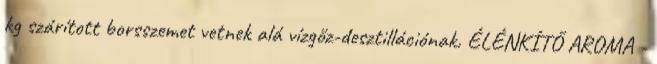
kg szárított borsszemet vetnek alá vízgőz-desztillációnak. ÉLÉNKÍTŐ AROMA -